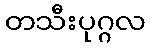
တသီးပုဂ္ဂလ